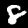
Label: 8